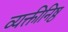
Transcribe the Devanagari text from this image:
व्यक्तीनिष्ठ